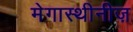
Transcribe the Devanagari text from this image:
मेगास्थीनीज़